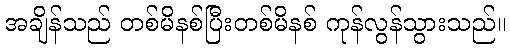
အချိန်သည် တစ်မိနစ်ပြီးတစ်မိနစ် ကုန်လွန်သွားသည်။